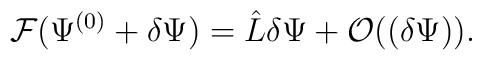
{\cal F}(\Psi^{(0)} + \delta \Psi) = \hat{L} \delta \Psi + {\cal O}((\delta \Psi)).